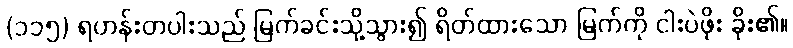
(၁၁၅) ရဟန်းတပါးသည် မြက်ခင်းသို့သွား၍ ရိတ်ထားသော မြက်ကို ငါးပဲဖိုး ခိုး၏။